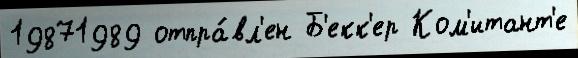
19871989 отпра́вл'ен Б'екк'ер Ком'итант'е